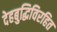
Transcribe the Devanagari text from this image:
देहबुद्धिविरहित